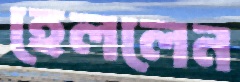
হেললেন